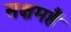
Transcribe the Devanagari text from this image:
सक्षमहैं